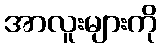
အာလူးများကို